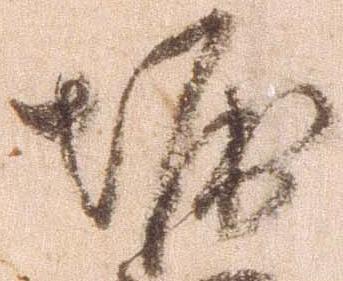
堀